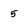
Character: 5